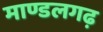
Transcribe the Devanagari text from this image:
माण्डलगढ़